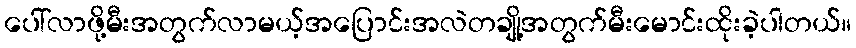
ပေါ်လာဖို့မီးအတွက်လာမယ့်အပြောင်းအလဲတချို့အတွက်မီးမောင်းထိုးခဲ့ပါတယ်။